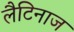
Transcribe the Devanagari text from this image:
लैटिनाज